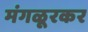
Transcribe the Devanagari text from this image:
मंगळूरकर